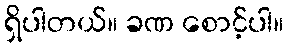
ရှိပါတယ်။ ခဏ စောင့်ပါ။